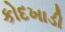
કોદખાડી